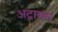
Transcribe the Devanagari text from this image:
अट्रायल